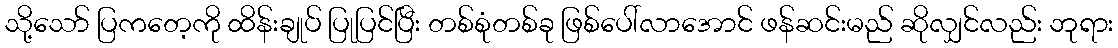
သို့သော် ပြကတေ့ကို ထိန်းချုပ် ပြုပြင်ပြီး တစ်စုံတစ်ခု ဖြစ်ပေါ်လာအောင် ဖန်ဆင်းမည် ဆိုလျှင်လည်း ဘုရား